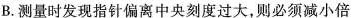
B.测量时发现指针偏离中央刻度过大，则必须减小倍